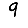
Digit: 9